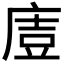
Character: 𭙤